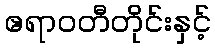
ဧရာဝတီတိုင်းနှင့်